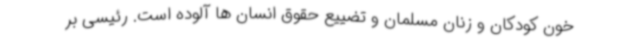
خون کودکان و زنان مسلمان و تضییع حقوق انسان ها آلوده است. رئیسی بر